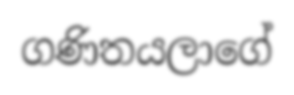
ගණිතයලාගේ